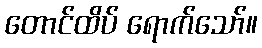
တောင်ထိပ် ရောက်သော်။